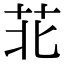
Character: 苝